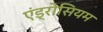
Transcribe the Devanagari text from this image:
एंड्रोसियम